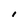
Character: 1